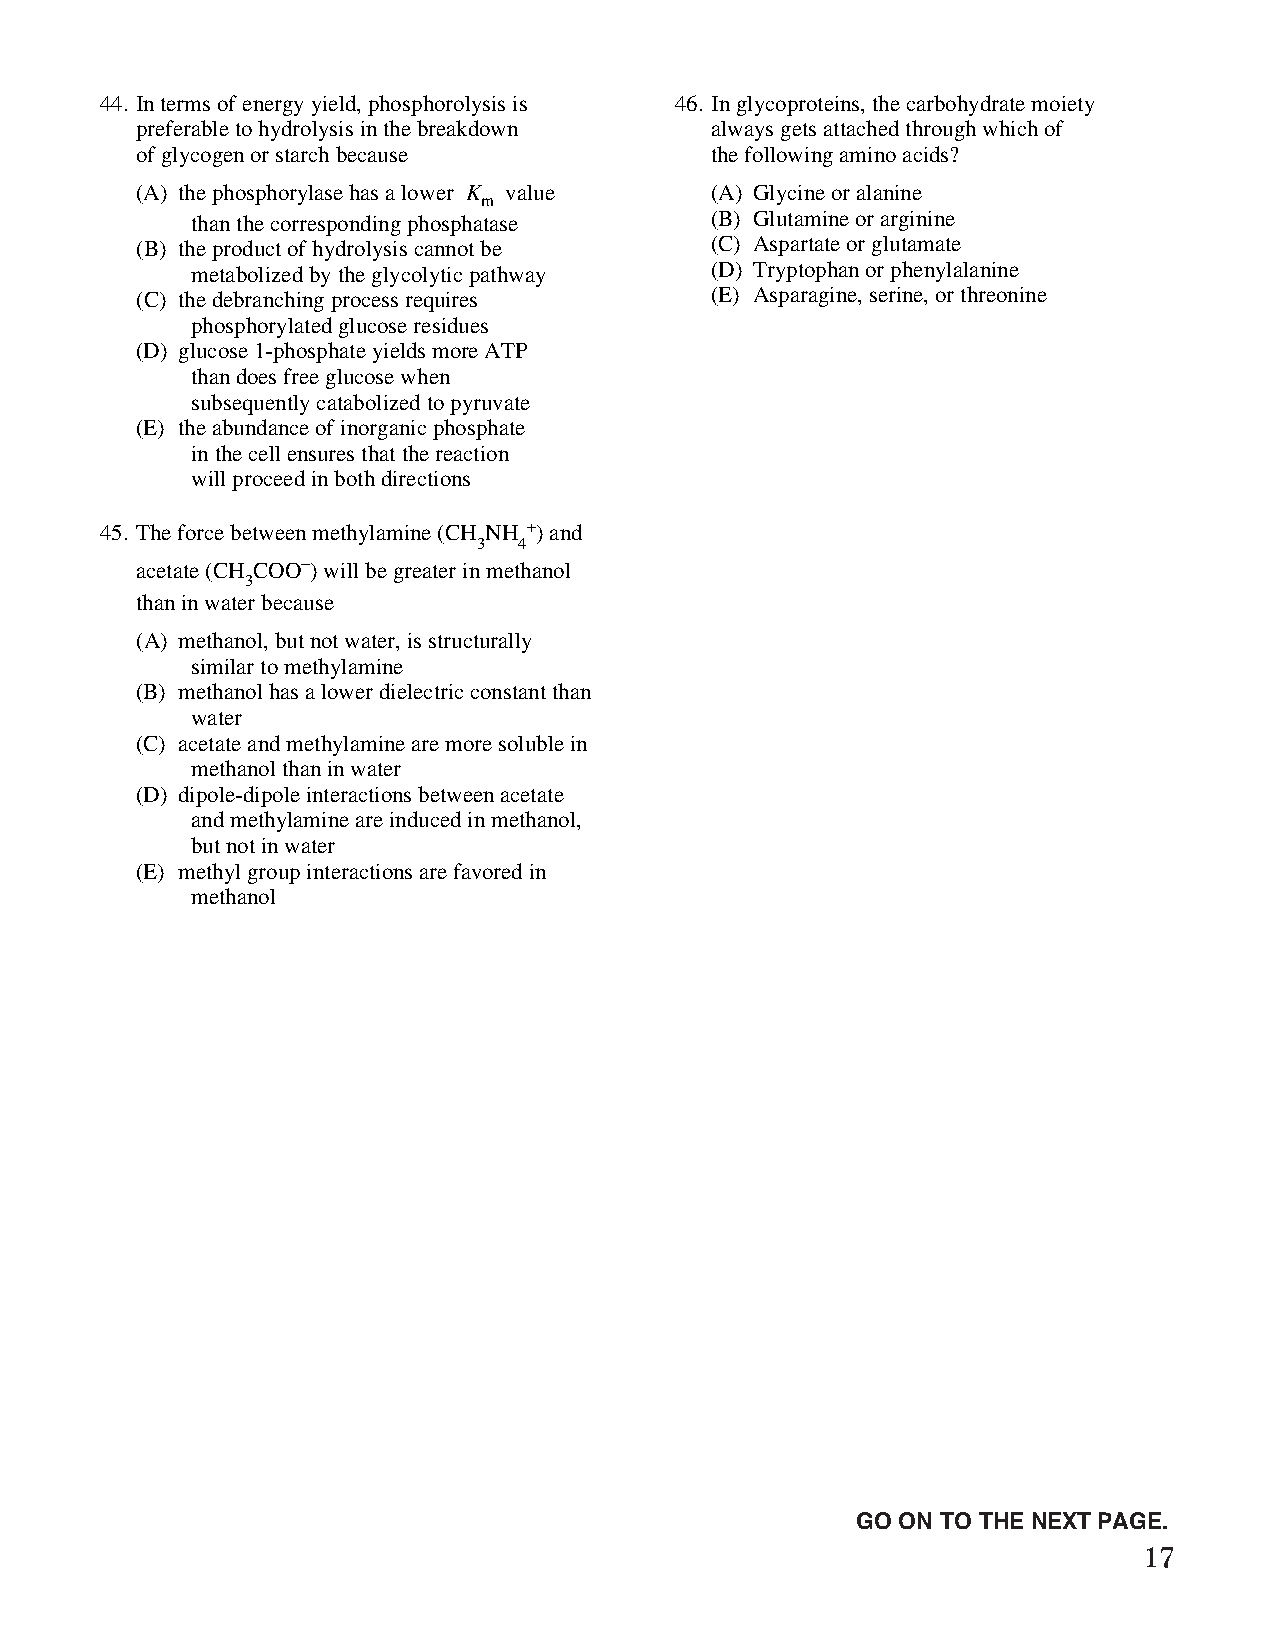
44. In terms of energy yield, phosphorolysis is 46. In glycoproteins, the carbohydrate moiety
 preferable to hydrolysis in the breakdown always gets attached through which of
 of glycogen or starch because         the following amino acids?
 (A) the phosphorylase has a lower K value (A) Glycine or alanine
 m
 than the corresponding phosphatase (B) Glutamine or arginine
 (B) the product of hydrolysis cannot be (C) Aspartate or glutamate
 metabolized by the glycolytic pathway (D) Tryptophan or phenylalanine
 (C) the debranching process requires  (E) Asparagine, serine, or threonine
 phosphorylated glucose residues
 (D) glucose 1-phosphate yields more ATP
 than does free glucose when
 subsequently catabolized to pyruvate
 (E) the abundance of inorganic phosphate
 in the cell ensures that the reaction
 will proceed in both directions
 45. The force between methylamine (CH NH +) and
 3 4
 acetate (CH COO-) will be greater in methanol
 3
 than in water because
 (A) methanol, but not water, is structurally
 similar to methylamine
 (B) methanol has a lower dielectric constant than
 water
 (C) acetate and methylamine are more soluble in
 methanol than in water
 (D) dipole-dipole interactions between acetate
 and methylamine are induced in methanol,
 but not in water
 (E) methyl group interactions are favored in
 methanol
 Unauthorized copying or reuse of
 any part of this page is illegal.                GO ON TO THE NEXT PAGE.
 17
 GO ON TO THE NEXT PAGE.
 -9-
 007884-72507 GRE Biochemistry Test Practise Book • Dr01 4/17/08 ta • Dr02 5/7/08 ta • Dr03 5/20/08 ta • [NEW 108353] • CS6 • Dr01 5/1/15 jw • [New
 Job] 007884-113203 Drft01 3/22/16 ew